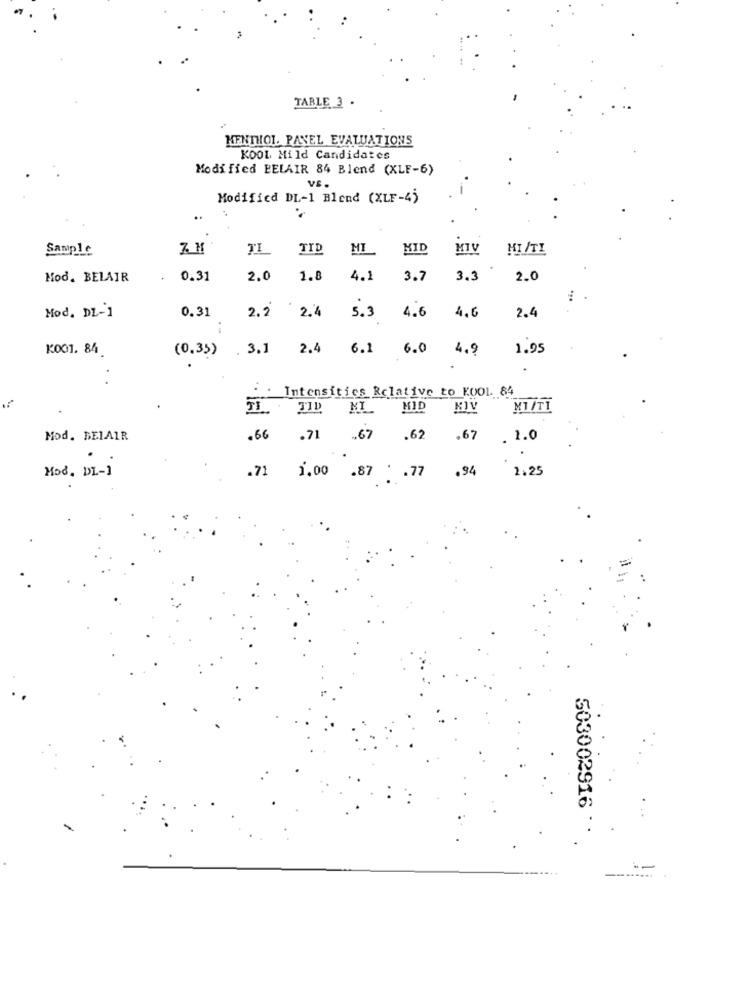
TABLE 3 .
MENTHOL. PANEL EVALUATIONS
KOOL Mild Candidates
Modified BELAIR 84 Blend (XLF-6)
Modified DL-1 Blend (XLF-4)
..
Sample
TL
TID
MI
KID
MIV
MI /TI
Mod. BELAIR
0.31
2.0
1.8
4.1
3.7
3.3
2.0
2.4
Mod. DL-1
0.31
2.2
2.4
5.3
4.6
4.6
.-
K001. 84
(0.35) . 3.1
2.4
6.1 6.0
4.9
1.95
..
: Intensities Relative to K001. 84
JL. . JID MI MID
KIV
MI/TT
Mod. BELAIR
.66
.71 .67 .62
.67 . 1.0
.71
2.25
Mod. DL-1
1.00 .87 * . 77
.94
503002916